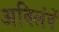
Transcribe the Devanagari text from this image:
अविलंबें